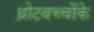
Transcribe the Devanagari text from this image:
थ्रोटबच्चोंके